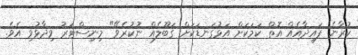
ކުރާނެ ފައިދާއެއް އޮތް ކަމަކަށް އަޅުގަނޑަކަށް ގަބޫލެއް ނުކުރެވޭ" މިނިސްޓަރު ވިދާޅުވި އެވެ.